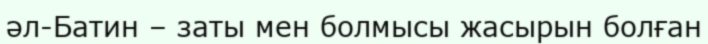
әл-Батин – заты мен болмысы жасырын болған